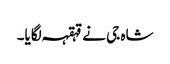
شاہ جی نے قہقہہ لگایا۔